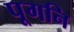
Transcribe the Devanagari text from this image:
पूगनि